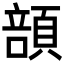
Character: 䫓